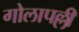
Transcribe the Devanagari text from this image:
गोलापल्ली